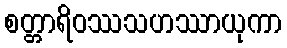
စတ္တာရိဝဿသဟဿာယုကာ